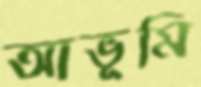
আভূমি